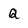
Character: Q